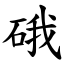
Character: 硪